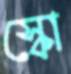
স্কো